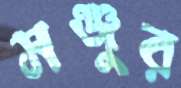
সঞ্জুর